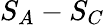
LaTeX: S_{A}-S_{C}